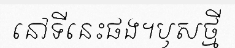
នៅទីនេះផង។ឫសថ្មី